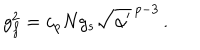
LaTeX: g _ { f } ^ { 2 } = c _ { p } N g _ { s } \sqrt { \alpha ^ { \prime } } ^ { \, p - 3 } \, .